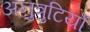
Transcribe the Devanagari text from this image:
अनुत्रुटियों